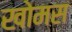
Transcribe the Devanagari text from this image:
खोमस